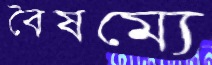
বৈষম্যে